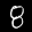
Label: 8